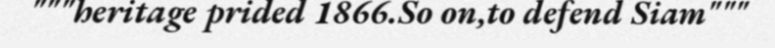
"""heritage prided 1866.So on,to defend Siam"""